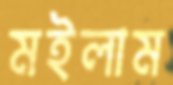
মইলাম